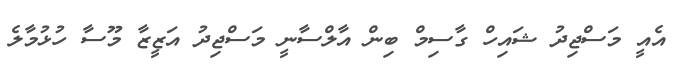
އެއީ މަސްޖިދު ޝައިހް ގާސިމް ބިން އާލްސާނީ މަސްޖިދު އަޒީޒާ މޫސާ ހުޅުމާލެ